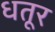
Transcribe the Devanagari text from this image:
धतूर